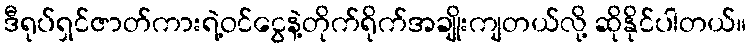
ဒီရုပ်ရှင်ဇာတ်ကားရဲ့ဝင်ငွေနဲ့တိုက်ရိုက်အချိုးကျတယ်လို့ ဆိုနိုင်ပါတယ်။